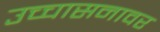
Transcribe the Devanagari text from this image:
उच्चासनावर